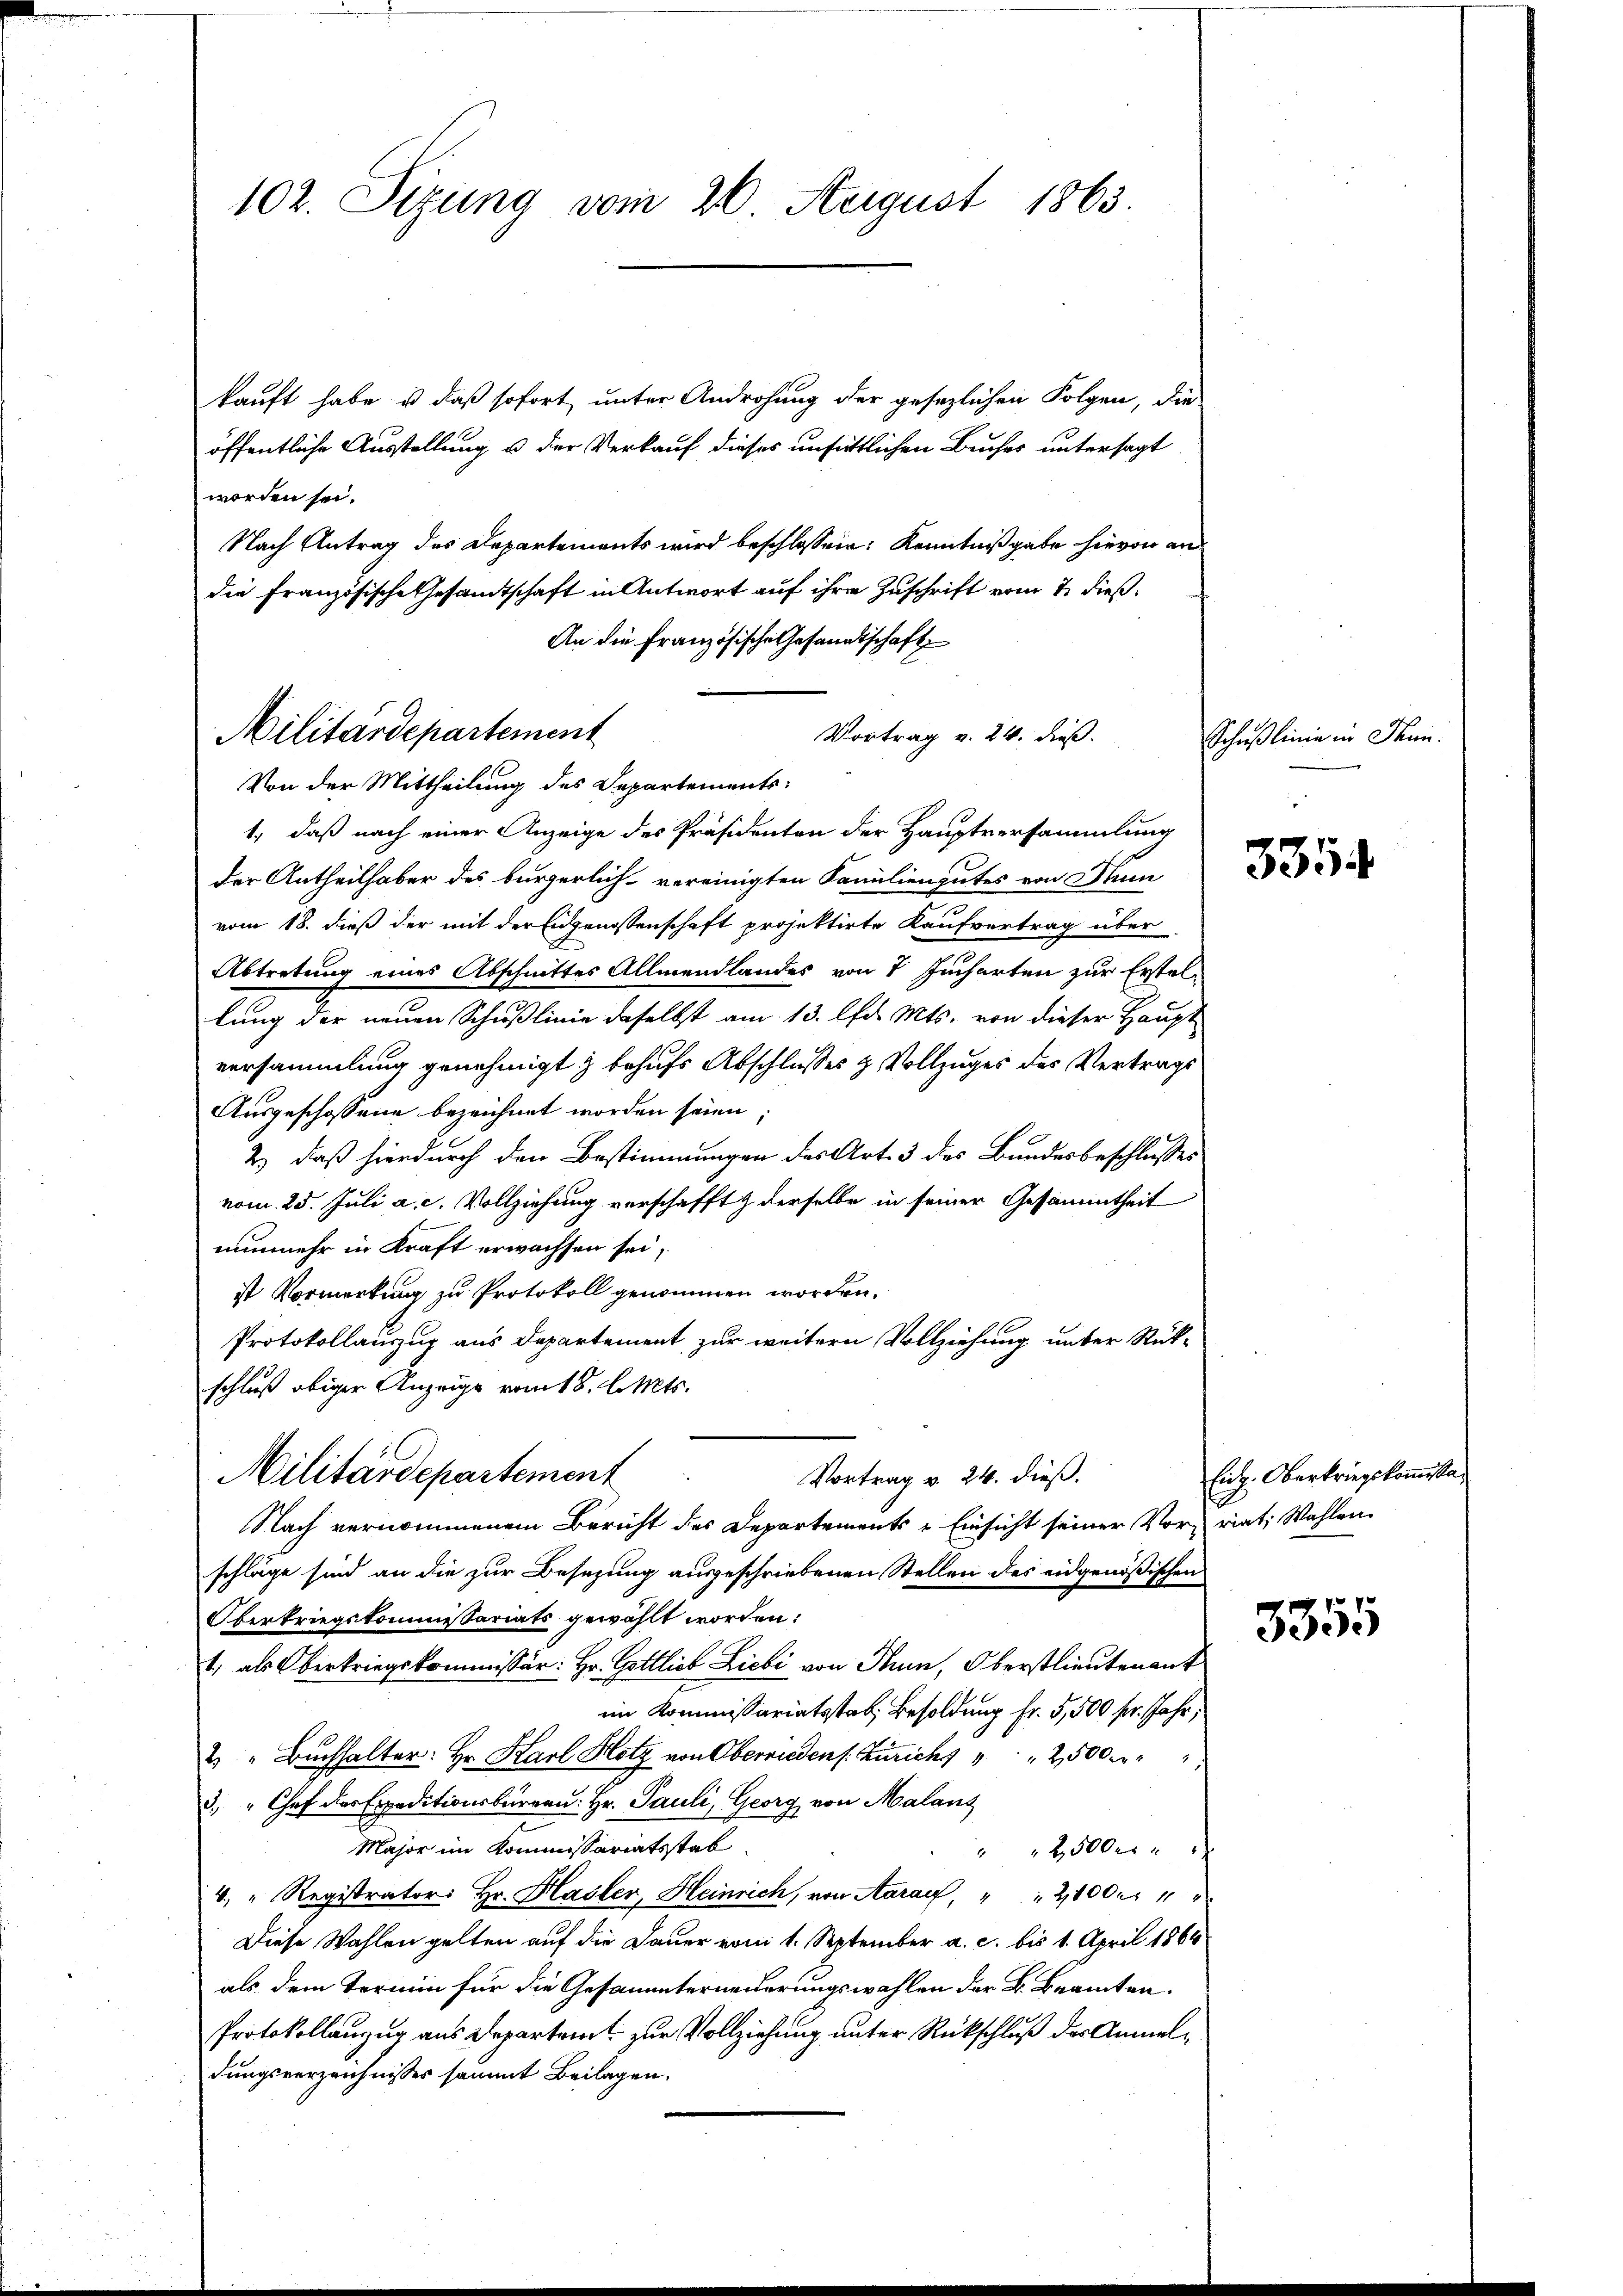
102. Sizung vom 20. August 1863.

kauft habe, u daß sofort unter Androhung der gesezlichen Folgen, die
öffentliche Ausstellung u der Verkauf dieses unsittlichen Buches untersagt
worden sei.
Nach Antrag des Departements wird beschlossen: Kenntnißgabe hievon an
die Französische Gesamtschaft in Antwort auf ihre Zuschrift vom 2. dieß
An die Französische Gesandtschaft
Vortrag v. 24. dieß.
Von der Mittheilung des Departements-
1., daß nach einer Anzeige des Präsidenten der Hauptversammlung
der Antheilhaber des bürgerlich vereinigten Familiengutes von Stun
vom 18. dieß der mit der Eidgenossenschaft projektirte Kaufvertrag über
Abtretung eines Abschnittes Allmendlandes von 7 Jucharten zur Erstellung der neuen Schußlinie daselbst am 13. lfd. Mts. von dieser Haupt
versammlung genehmigt & behufs Abschlusses & Vollzuges des Vertrags
Ausgeschossene bezeichnet worden seien;
2.) daß hierdurch den Bestimmungen des Art. 3 des Bundesbeschlusses
vom 25. Juli a. c. Vollziehung verschafft derselbe in seiner Gesammtheit
nunmehr in Kraft erwachsen sei,
ist Vormerkung zu Protokoll genommen worden.
Protokollauszug aus Departement zur weitern Vollziehung unter Rükschluß obiger Anzeige vom 18. l. Mts.
Militärdepartement
Vortrag v. 24. dieß.
Nach vernommenem Bericht des Departements-Einsicht seiner Vorriet, Wahlen
schläge sind an die zur Besezung ausgeschriebenen Stellen des eidgenößischen
Oberkriegskommissariats gewählt worden:
1, als Oberkriegskommissär: Hr. Gottlich Liebi von Thun, Oberstlieutenant
im Kommissariatsstat Besoldung fr. 5,500 pr. Jahr,
2 " Buchhalter: Hr. Karl Hotz von Oberrieden s. Zürichs " " 2500 M
3. " Chef das Expeditionsbüreau: Hr. Pauli, Georg von Malans
Major im Kommissariatsstab
2500 r
4. " Registrator Hr. Hasler, Heinrich, von Aarauf, " " 21000
Diese Wahlen gelten auf die Dauer vom 1. September a. c. bis 1. April 1864
als dem Termin für die Gesammterneuerungswahlen der B. Beamten.
Protokollanzug aus Departeit zur Vollziehung unter Rückschluß der Anmeldungsverzeichnisses sammt Beilagen.

Militärdepartement

Schußlinie in Thun.
d

335

Eidg. Oberkriegskommissan

3355